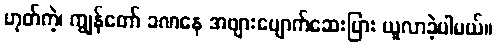
ဟုတ်ကဲ့၊ ကျွန်တော် ခဏနေ အဖျားပျောက်ဆေးပြား ယူလာခဲ့ပါမယ်။